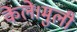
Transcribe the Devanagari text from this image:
केले।मुली